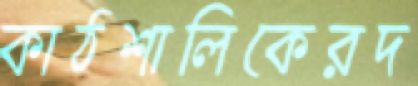
কাঠশালিকেরদ